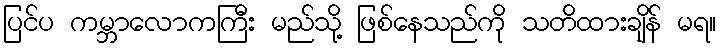
ပြင်ပ ကမ္ဘာလောကကြီး မည်သို့ ဖြစ်နေသည်ကို သတိထားချိန် မရ။